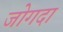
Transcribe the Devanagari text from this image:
जोगदा